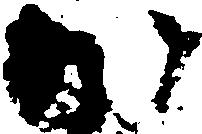
か